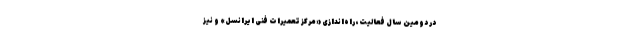
در دومین سال فعالیت، راه‌اندازی «مرکز تعمیرات فنی ایرانسل» و نیز